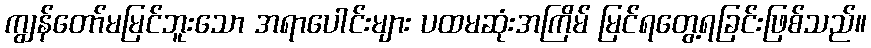
ကျွန်တော်မမြင်ဘူးသော အရာပေါင်းများ ပထမဆုံးအကြိမ် မြင်ရတွေ့ရခြင်းဖြစ်သည်။